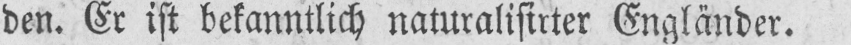
den. Er ist bekanntlich naturalisirter Engländer.